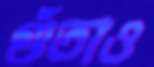
গুঁতাও